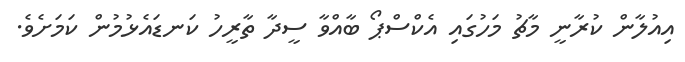
އިއުލާން ކުރާނީ މާޗު މަހުގައި އެކްސްޕޯ ބާއްވާ ސީދާ ތާރީހު ކަނޑައެޅުމުން ކަމަށެވެ.